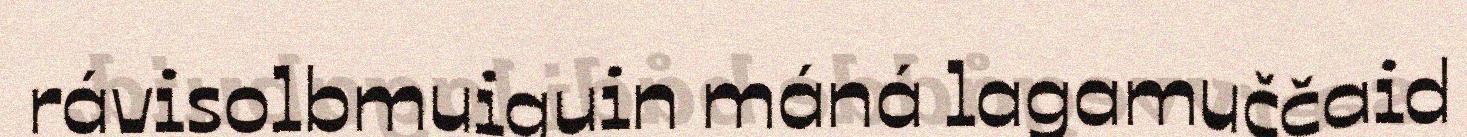
rávisolbmuiguin máná lagamuččaid